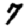
Digit: 7